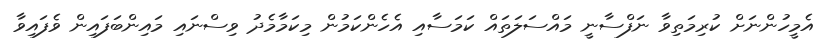
އެމީހުންނަށް ކުރިމަތިވާ ނަފްސާނީ މައްސަލަތައް ކަމަސާއި އެހެންކަމުން މިކަމާމެދު ވިސްނައި މައިންބަފައިން ވެފައިވާ